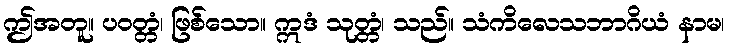
ဤအတူ။ ပဝတ္တံ၊ ဖြစ်သော။ ဣဒံ သုတ္တံ၊ သည်။ သံကိလေသဘာဂိယံ နာမ၊